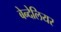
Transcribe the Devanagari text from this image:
बेन्देलियर